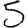
Digit: 5